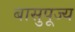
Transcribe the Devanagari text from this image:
बासुपूज्य